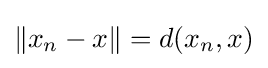
\|x_{n}-x\|=d(x_{n},x)